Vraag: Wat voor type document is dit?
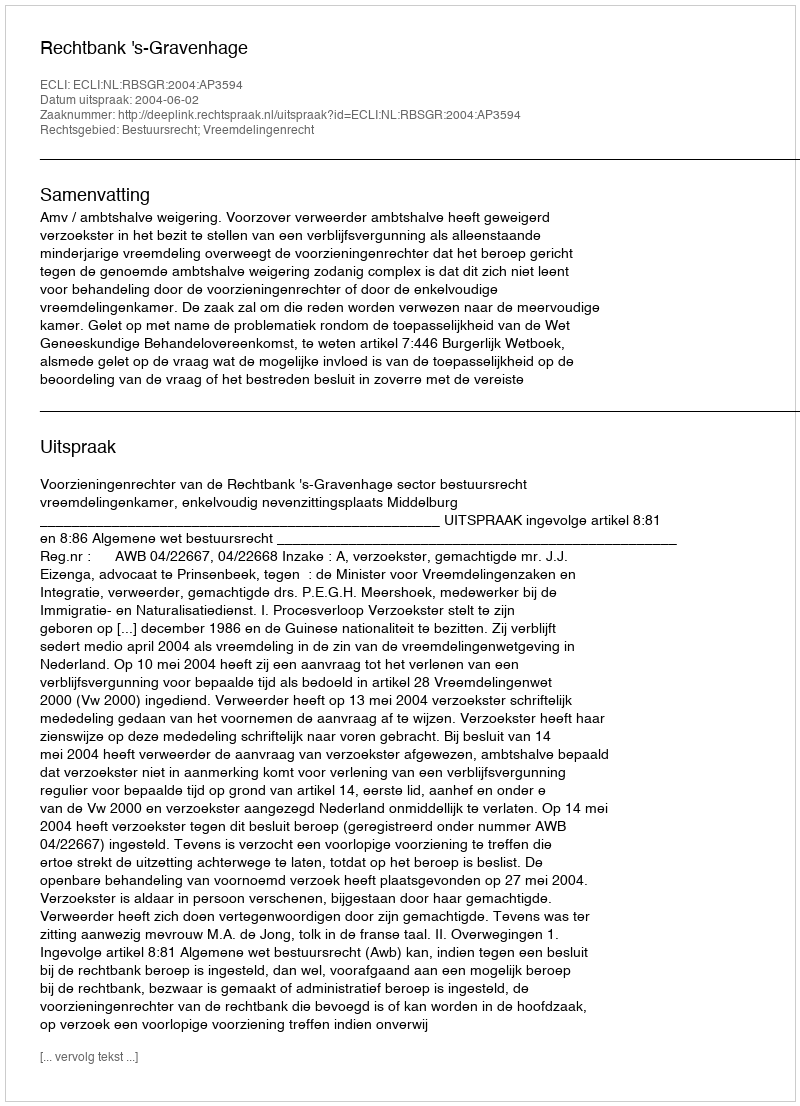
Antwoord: Uitspraak